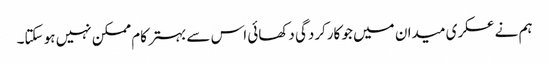
ہم نے عسکری میدان میں جو کارکردگی دکھائی اس سے بہتر کام ممکن نہیں ہو سکتا۔